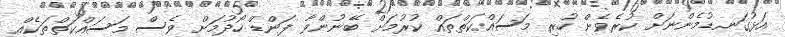
އަޅުގަނޑުމެންނަށް ކުރެވެން ހުރި މަސައްކަތްތައް ކުރުމަށް ބޭނުންވާ ފަންޑް ހޯދުމަށް ވެސް މަސައްކަތްތަކެއް